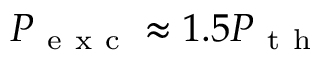
P _ { \mathrm { ~ e ~ x ~ c ~ } } \approx 1 . 5 P _ { \mathrm { ~ t ~ h ~ } }